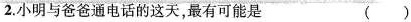
2.小明与爸爸通电话的这天，最有可能是 ( )